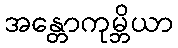
အန္တောကုမ္ဘိယာ